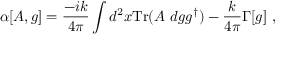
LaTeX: \alpha [ A , g ] = \frac { - i k } { 4 \pi } \int d ^ { 2 } x \mathrm { T r } ( A ~ d g g ^ { \dagger } ) - \frac { k } { 4 \pi } \Gamma [ g ] \ ,